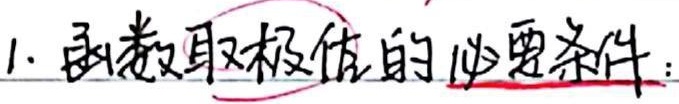
1. 函数取极值的必要条件：